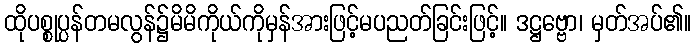
ထိုပစ္စုပ္ပန်တမလွန်၌မိမိကိုယ်ကိုမှန်အားဖြင့်မပညတ်ခြင်းဖြင့်။ ဒဋ္ဌဗ္ဗော၊ မှတ်အပ်၏။